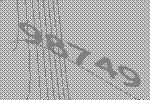
98749